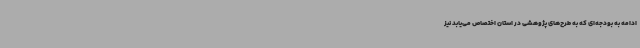
ادامه به بودجه‌ای که به طرح‌های پژوهشی در استان اختصاص می‌یابد نیز